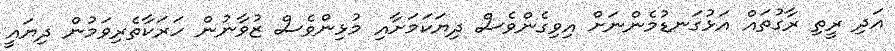
އަދި ރީތި ރާގުތައް އަޅުގަނޑުމެންނަށް އިވިގެންވެސް ދިޔަކަމަށާއި މުޅިންވެސް ޒުވާނުން ހަރަކާތެރިވަމުން ދިިޔައީ